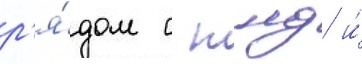
р'я́дом с тнд и́